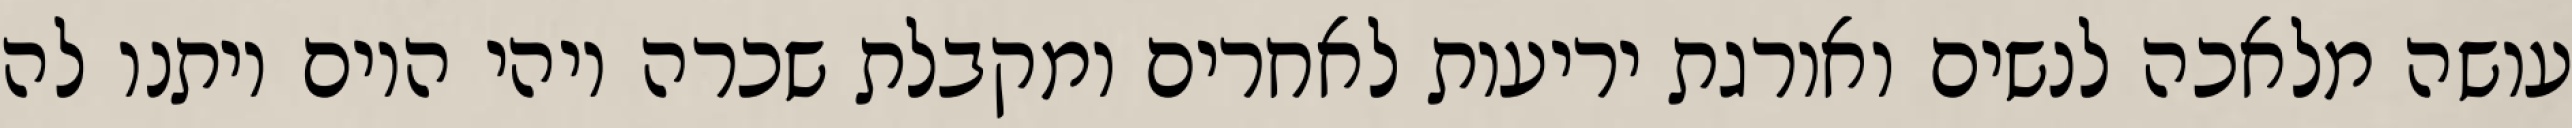
עושה מלאכה לנשים ואורגת יריעות לאחרים ומקבלת שכרה ויהי היום ויתנו לה